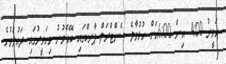
ހަވީރު 4:00 އިން 6:00އަށް ހުޅުމާލެ ސެންޓްރަލް ޕާރކްގައި ބޭއްވުނު މިހަވީރުގައި ދައުލަތުގެ